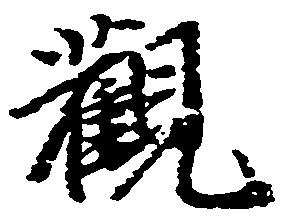
観